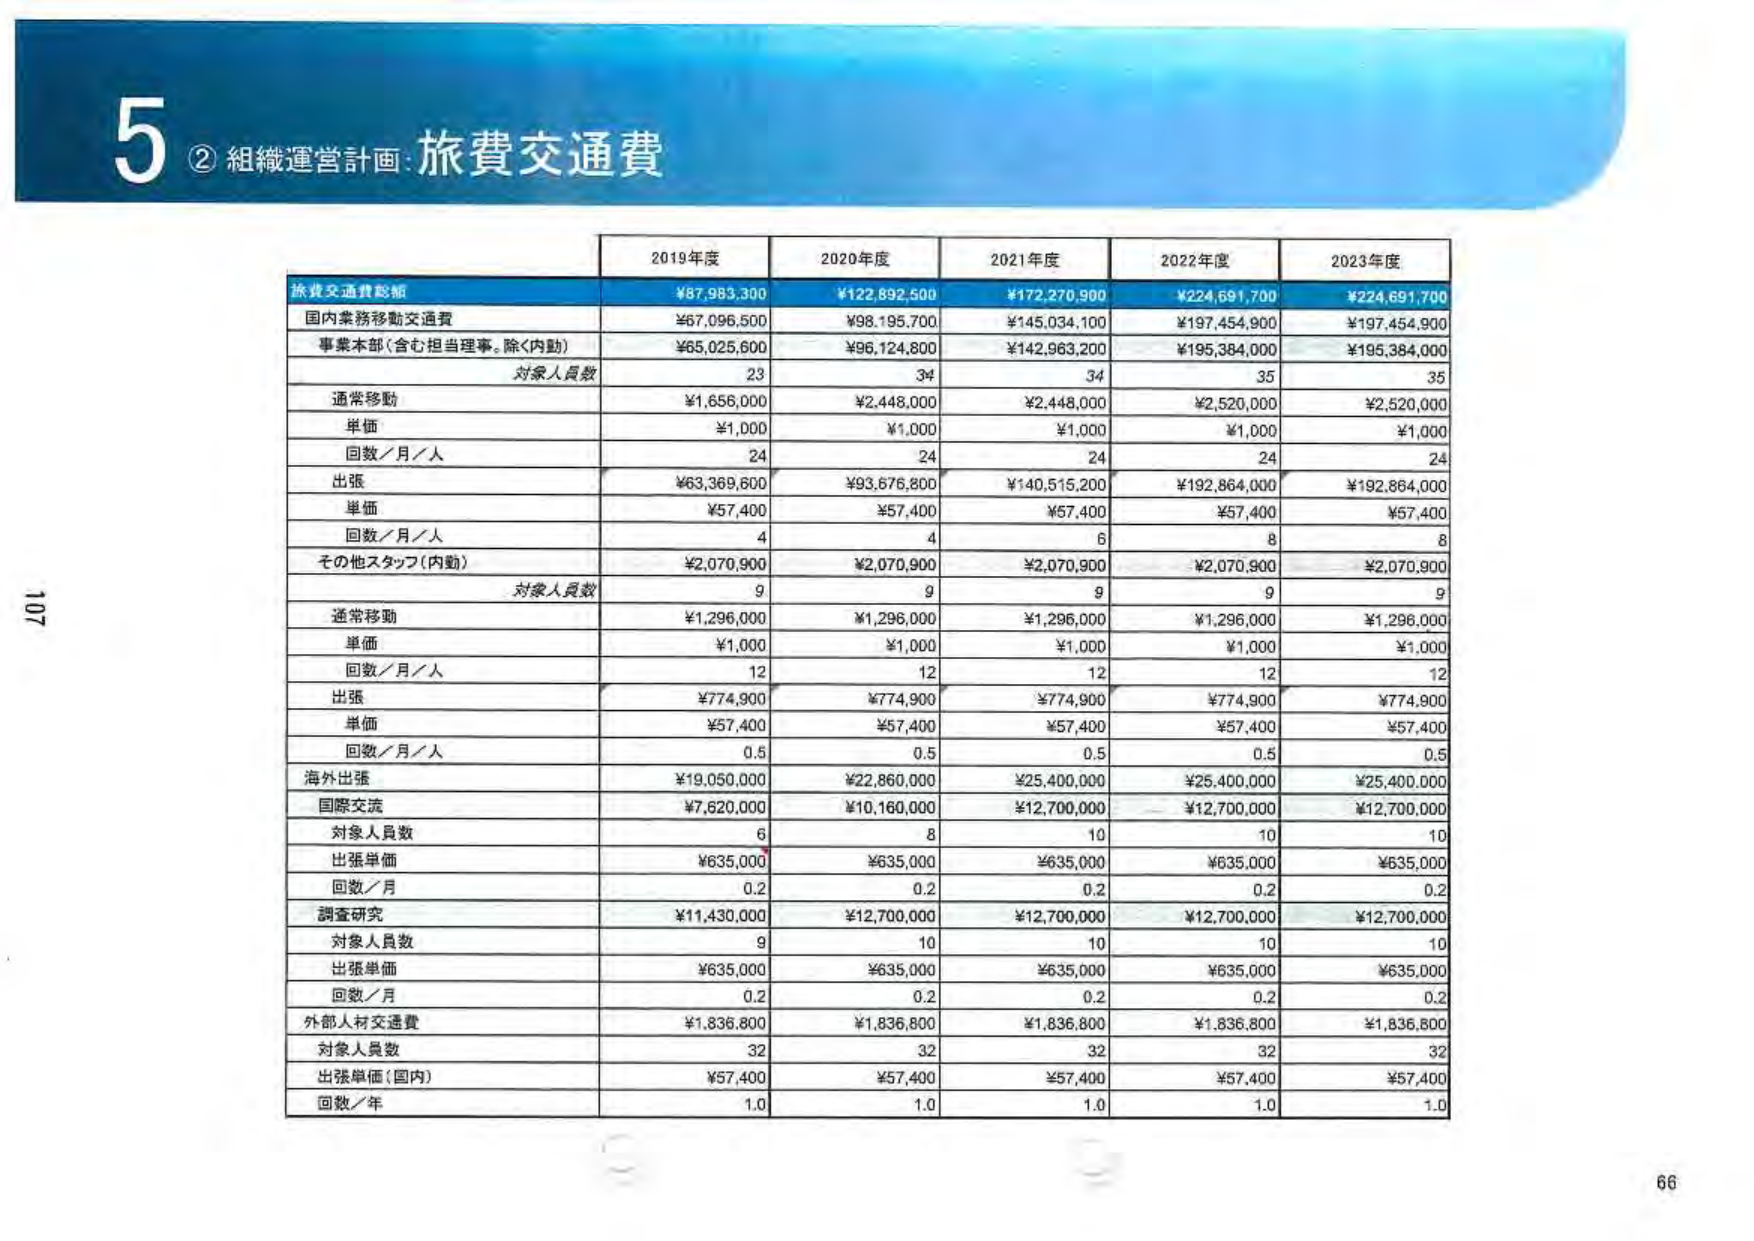
5 ② 組織運営計画:旅費交通費

2019年度 2020年度 2021年度 2022年度 2023年度

旅費交通費総額 ¥87,983,300 ¥122,892,500 ¥172,270,900 ¥224,691,700 ¥224,691,700

国内業務移動交通費 ¥67,096,500 ¥98,195,700 ¥145,034,100 ¥197,454,900 ¥197,454,900

事業本部（含む担当理事、除く内勤） ¥65,025,600 ¥96,124,800 ¥142,963,200 ¥195,384,000 ¥195,384,000

対象人員数 23 34 34 35 35

通常移動 ¥1,656,000 ¥2,448,000 ¥2,448,000 ¥2,520,000 ¥2,520,000

単価 ¥1,000 ¥1,000 ¥1,000 ¥1,000 ¥1,000

回数／月／人 24 24 24 24 24

出張 ¥63,369,600 ¥93,676,800 ¥140,515,200 ¥192,864,000 ¥192,864,000

単価 ¥57,400 ¥57,400 ¥57,400 ¥57,400 ¥57,400

回数／月／人 4 4 6 8 8

その他スタッフ（内勤） ¥2,070,900 ¥2,070,900 ¥2,070,900 ¥2,070,900 ¥2,070,900

対象人員数 9 9 9 9 9

通常移動 ¥1,296,000 ¥1,296,000 ¥1,296,000 ¥1,296,000 ¥1,296,000

単価 ¥1,000 ¥1,000 ¥1,000 ¥1,000 ¥1,000

回数／月／人 12 12 12 12 12

出張 ¥774,900 ¥774,900 ¥774,900 ¥774,900 ¥774,900

単価 ¥57,400 ¥57,400 ¥57,400 ¥57,400 ¥57,400

回数／月／人 0.5 0.5 0.5 0.5 0.5

海外出張 ¥19,050,000 ¥22,860,000 ¥25,400,000 ¥25,400,000 ¥25,400,000

国際交流 ¥7,620,000 ¥10,160,000 ¥12,700,000 ¥12,700,000 ¥12,700,000

対象人員数 6 8 10 10 10

出張単価 ¥635,000 ¥635,000 ¥635,000 ¥635,000 ¥635,000

回数／月 0.2 0.2 0.2 0.2 0.2

調査研究 ¥11,430,000 ¥12,700,000 ¥12,700,000 ¥12,700,000 ¥12,700,000

対象人員数 9 10 10 10 10

出張単価 ¥635,000 ¥635,000 ¥635,000 ¥635,000 ¥635,000

回数／月 0.2 0.2 0.2 0.2 0.2

外部人材交通費 ¥1,836,800 ¥1,836,800 ¥1,836,800 ¥1,836,800 ¥1,836,800

対象人員数 32 32 32 32 32

出張単価（国内） ¥57,400 ¥57,400 ¥57,400 ¥57,400 ¥57,400

回数／年 1.0 1.0 1.0 1.0 1.0

107
66